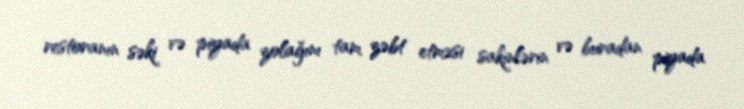
restoranın səki və piyada zolağını tam zəbt etməsi sakinlərin və buradan piyada